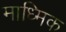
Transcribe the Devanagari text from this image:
माध्मिक